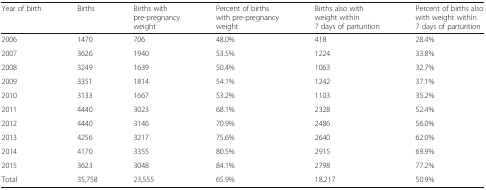
<table><thead><tr><td><b>Year of birth</b></td><td><b>Births</b></td><td><b>Births with pre-pregnancy weight</b></td><td><b>Percent of births with pre-pregnancy weight</b></td><td><b>Births also with weight within 7 days of parturition</b></td><td><b>Percent of births also with weight within 7 days of parturition</b></td></tr></thead><tbody><tr><td>2006</td><td>1470</td><td>706</td><td>48.0%</td><td>418</td><td>28.4%</td></tr><tr><td>2007</td><td>3626</td><td>1940</td><td>53.5%</td><td>1224</td><td>33.8%</td></tr><tr><td>2008</td><td>3249</td><td>1639</td><td>50.4%</td><td>1063</td><td>32.7%</td></tr><tr><td>2009</td><td>3351</td><td>1814</td><td>54.1%</td><td>1242</td><td>37.1%</td></tr><tr><td>2010</td><td>3133</td><td>1667</td><td>53.2%</td><td>1103</td><td>35.2%</td></tr><tr><td>2011</td><td>4440</td><td>3023</td><td>68.1%</td><td>2328</td><td>52.4%</td></tr><tr><td>2012</td><td>4440</td><td>3146</td><td>70.9%</td><td>2486</td><td>56.0%</td></tr><tr><td>2013</td><td>4256</td><td>3217</td><td>75.6%</td><td>2640</td><td>62.0%</td></tr><tr><td>2014</td><td>4170</td><td>3355</td><td>80.5%</td><td>2915</td><td>69.9%</td></tr><tr><td>2015</td><td>3623</td><td>3048</td><td>84.1%</td><td>2798</td><td>77.2%</td></tr><tr><td>Total</td><td>35,758</td><td>23,555</td><td>65.9%</td><td>18,217</td><td>50.9%</td></tr></tbody></table>